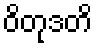
ဝိတုဒတိ